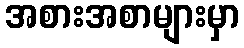
အစားအစာများမှာ